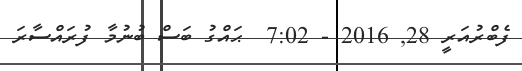
ފެބްރުއަރީ 28